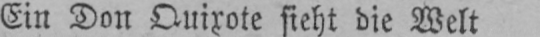
Ein Don Quixote sieht die Welt